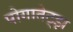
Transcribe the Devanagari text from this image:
पोगातेट्झ